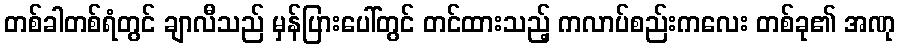
တစ်ခါတစ်ရံတွင် ချာလီသည် မှန်ပြားပေါ်တွင် တင်ထားသည့် ကလာပ်စည်းကလေး တစ်ခု၏ အဏု